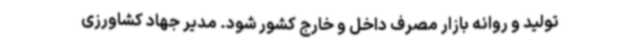
تولید و روانه بازار مصرف داخل و خارج کشور شود. مدیر جهاد کشاورزی